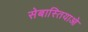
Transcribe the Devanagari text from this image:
सेबास्तियाओ